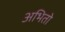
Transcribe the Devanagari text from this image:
अभितो